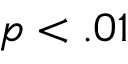
p < . 0 1